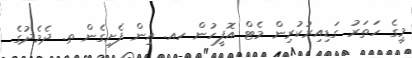
މީގެ ހަތަރު ގަޑިއިރުކުރިން މެޓް އޮފީހުން ހއ. އިން ފެށިގެން ތ. ދެމެދުގެ